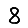
Digit: 8